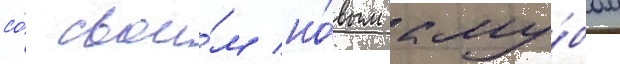
со́ свои́м но́вым клу́бом